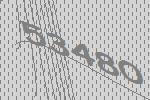
53480